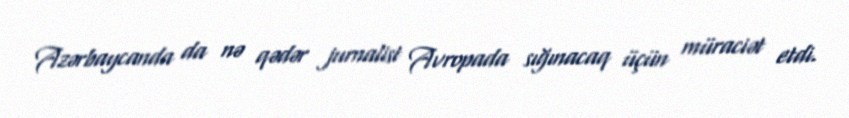
Azərbaycanda da nə qədər jurnalist Avropada sığınacaq üçün müraciət etdi.